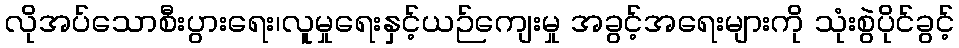
လိုအပ်သောစီးပွားရေး၊လူမှုရေးနှင့်ယဉ်ကျေးမှု အခွင့်အရေးများကို သုံးစွဲပိုင်ခွင့်